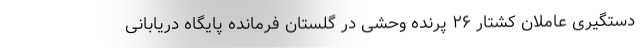
دستگیری عاملان کشتار ۲۶ پرنده وحشی در گلستان فرمانده پایگاه دریابانی